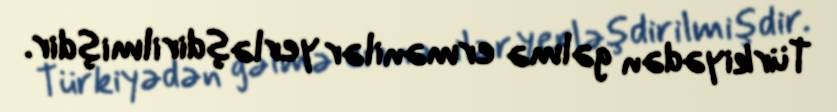
Türkiyədən gəlmə ermənilər yerləşdirilmişdir.